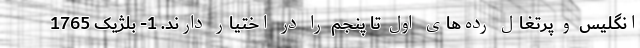
انگلیس و پرتغال رده‌های اول تا پنجم را در اختیار دارند. 1- بلژیک 1765